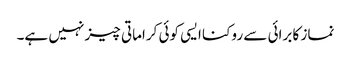
نماز کا برائی سے روکنا ایسی کوئی کراماتی چیز نہیں ہے۔